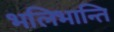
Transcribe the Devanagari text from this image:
भलिभान्ति